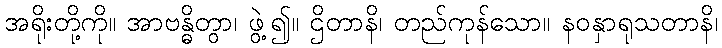
အရိုးတို့ကို။ အာဗန္ဓိတွာ၊ ဖွဲ့၍။ ဌိတာနိ၊ တည်ကုန်သော။ နဝနှာရုသတာနိ၊